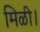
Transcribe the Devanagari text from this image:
मिळी।